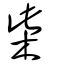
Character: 柴